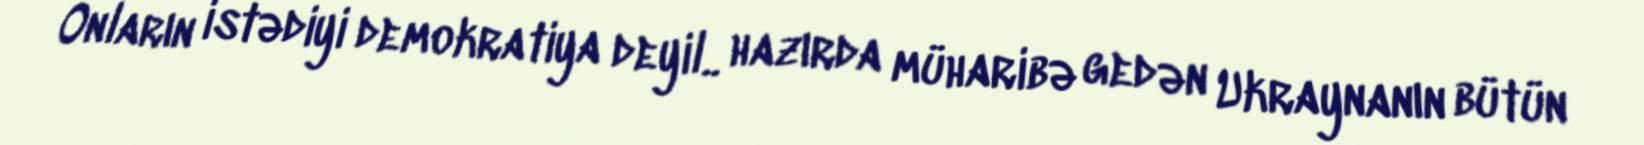
Onların istədiyi demokratiya deyil.. hazırda müharibə gedən Ukraynanın bütün